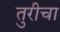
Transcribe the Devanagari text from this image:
तुरीचा